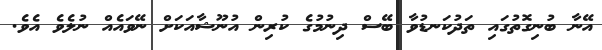
އޭނާ ބުނިގޮތުގައި ތަދުކަނޑުވާ ބޭސް ދިނުމުގެ ކުރިން އުނޫޝާއަކަށް ނޭވައެއް ނުލެވެ އެވެ.